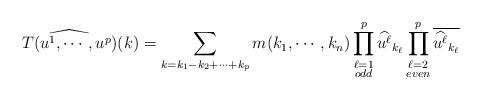
LaTeX: \begin{align*}\widehat{T(u^1, \cdots, u^p)}(k) = \sum_{k=k_1-k_2+\cdots +k_p}m(k_1, \cdots, k_n) \prod_{\substack{\ell=1\\odd}}^p\widehat{u^\ell}_{k_\ell}\prod_{\substack{\ell=2\\even}}^p\overline{\widehat{u^\ell}_{k_\ell}}\end{align*}